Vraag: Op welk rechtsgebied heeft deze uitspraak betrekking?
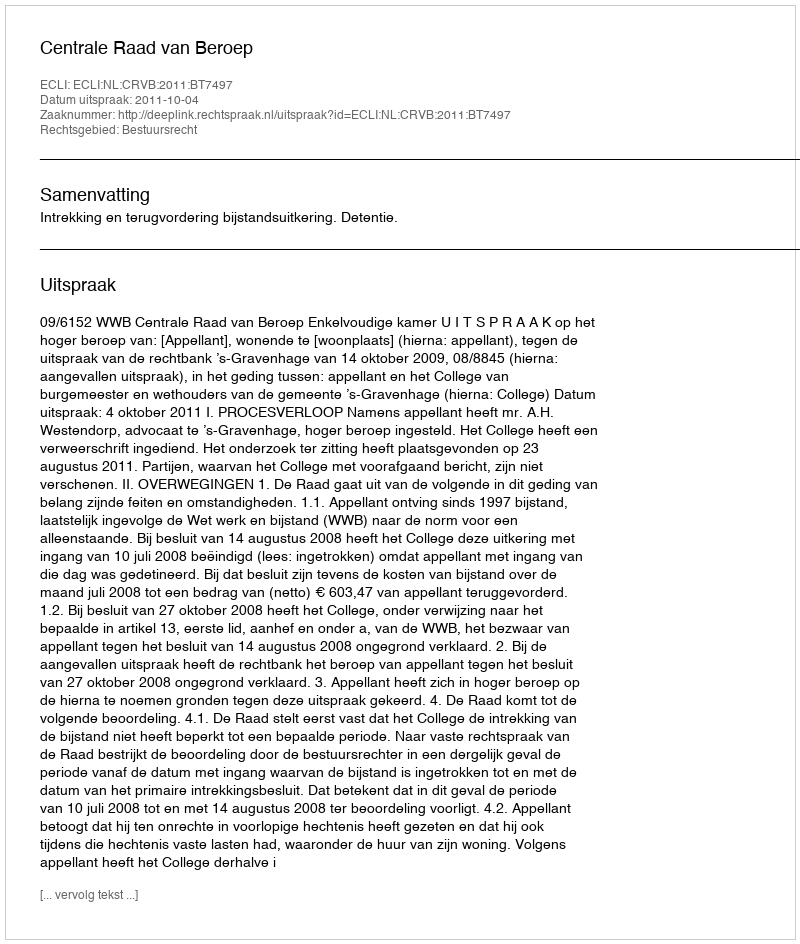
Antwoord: Bestuursrecht